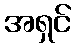
အရှင်